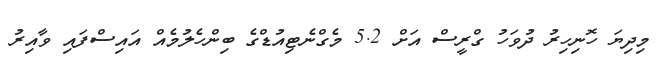
މިދިޔަ ހޮނިހިރު ދުވަހު ގްރީސް އަށް 5.2 މެގްނެޓިއުޑްގެ ބިންހެލުމެއް އައިސްފައި ވާއިރު